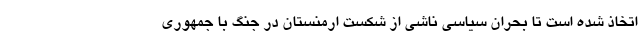
اتخاذ شده است تا بحران سیاسی ناشی از شکست ارمنستان در جنگ با جمهوری